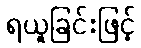
ရယူခြင်းဖြင့်